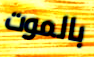
بالموت